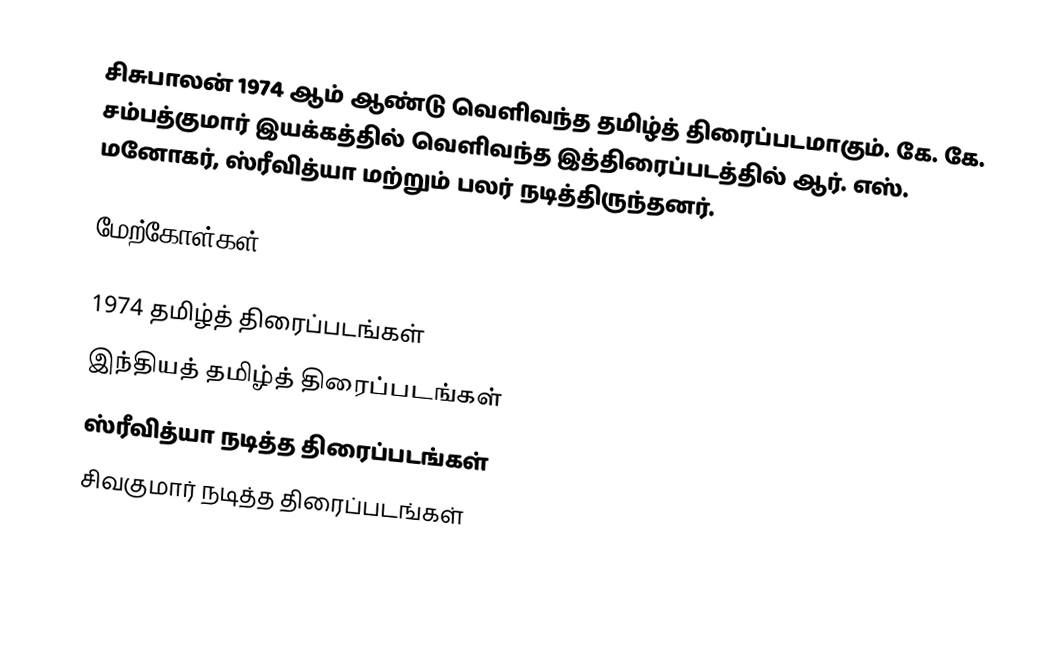
சிசுபாலன் 1974 ஆம் ஆண்டு வெளிவந்த தமிழ்த் திரைப்படமாகும். கே. கே. சம்பத்குமார் இயக்கத்தில் வெளிவந்த இத்திரைப்படத்தில் ஆர். எஸ். மனோகர், ஸ்ரீவித்யா மற்றும் பலர் நடித்திருந்தனர்.

மேற்கோள்கள்

1974 தமிழ்த் திரைப்படங்கள்
இந்தியத் தமிழ்த் திரைப்படங்கள்
ஸ்ரீவித்யா நடித்த திரைப்படங்கள்
சிவகுமார் நடித்த திரைப்படங்கள்